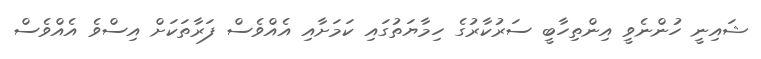
ޝައިނީ ހުންނެވީ އިންތިހާބީ ސަރުކާރުގެ ހިމާޔަތުގައި ކަމަށާއި އެއްވެސް ފަރާތަކަށް އިސްވެ އެއްވެސް